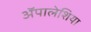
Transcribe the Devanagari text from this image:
ॲपालेशिया